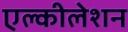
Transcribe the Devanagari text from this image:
एल्कीलेशन